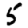
Digit: 5